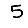
Digit: 5